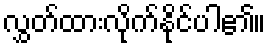
လွှတ်ထားလိုက်နိုင်ပါ၏။